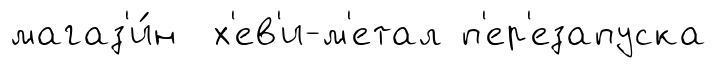
магаз'и́н х'ев'и-м'етал п'ер'езапуска